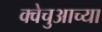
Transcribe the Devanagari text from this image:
क्वेचुआच्या